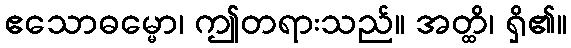
ဧသောဓမ္မော၊ ဤတရားသည်။ အတ္ထိ၊ ရှိ၏။